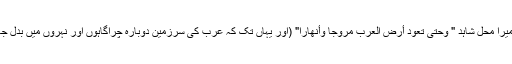
اس حدیث میں میرا محل شاہد " وَحَتَّى تَعُودَ أَرْضُ الْعَرَبِ مُرُوجًا وَأَنْهَارًا" (اور یہاں تک کہ عرب کی سرزمین دوبارہ چراگاہوں اور نہروں میں بدل جا ئے گی) ہے ۔